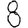
Digit: 8